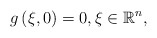
\begin{align*}g\left( \xi ,0\right) =0,\xi \in\mathbb{R}^{n}, \end{align*}